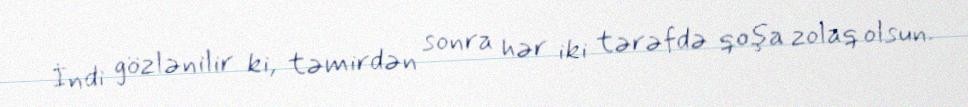
İndi gözlənilir ki, təmirdən sonra hər iki tərəfdə qoşa zolaq olsun.